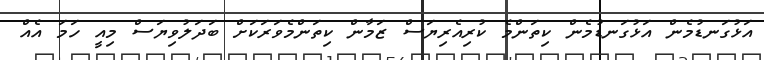
އަޅުގަނޑުމެން އަޅުގަނޑުމެން ކިތަންމެ ކުރިއެރިޔަސް ޒަމާން ކިތަންމެވަރަކަށް ބަދަލުވިޔަސް މިއީ ހަމަ އެއް